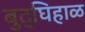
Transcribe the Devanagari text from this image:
बुद्घिहाळ